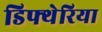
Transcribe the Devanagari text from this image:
डिफ्थेरिया